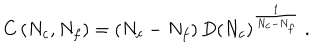
LaTeX: C \left( N _ { c } , N _ { f } \right) = \left( N _ { c } - N _ { f } \right) D \left( N _ { c } \right) ^ { \frac { 1 } { N _ { c } - N _ { f } } } \ .